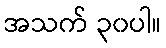
အသက် ၃၀ပါ။